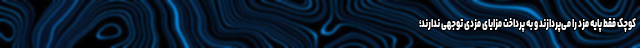
کوچک فقط پایه مزد را می‌پردازند و به پرداخت مزایای مزدی توجهی ندارند؛